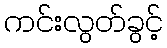
ကင်းလွတ်ခွင့်